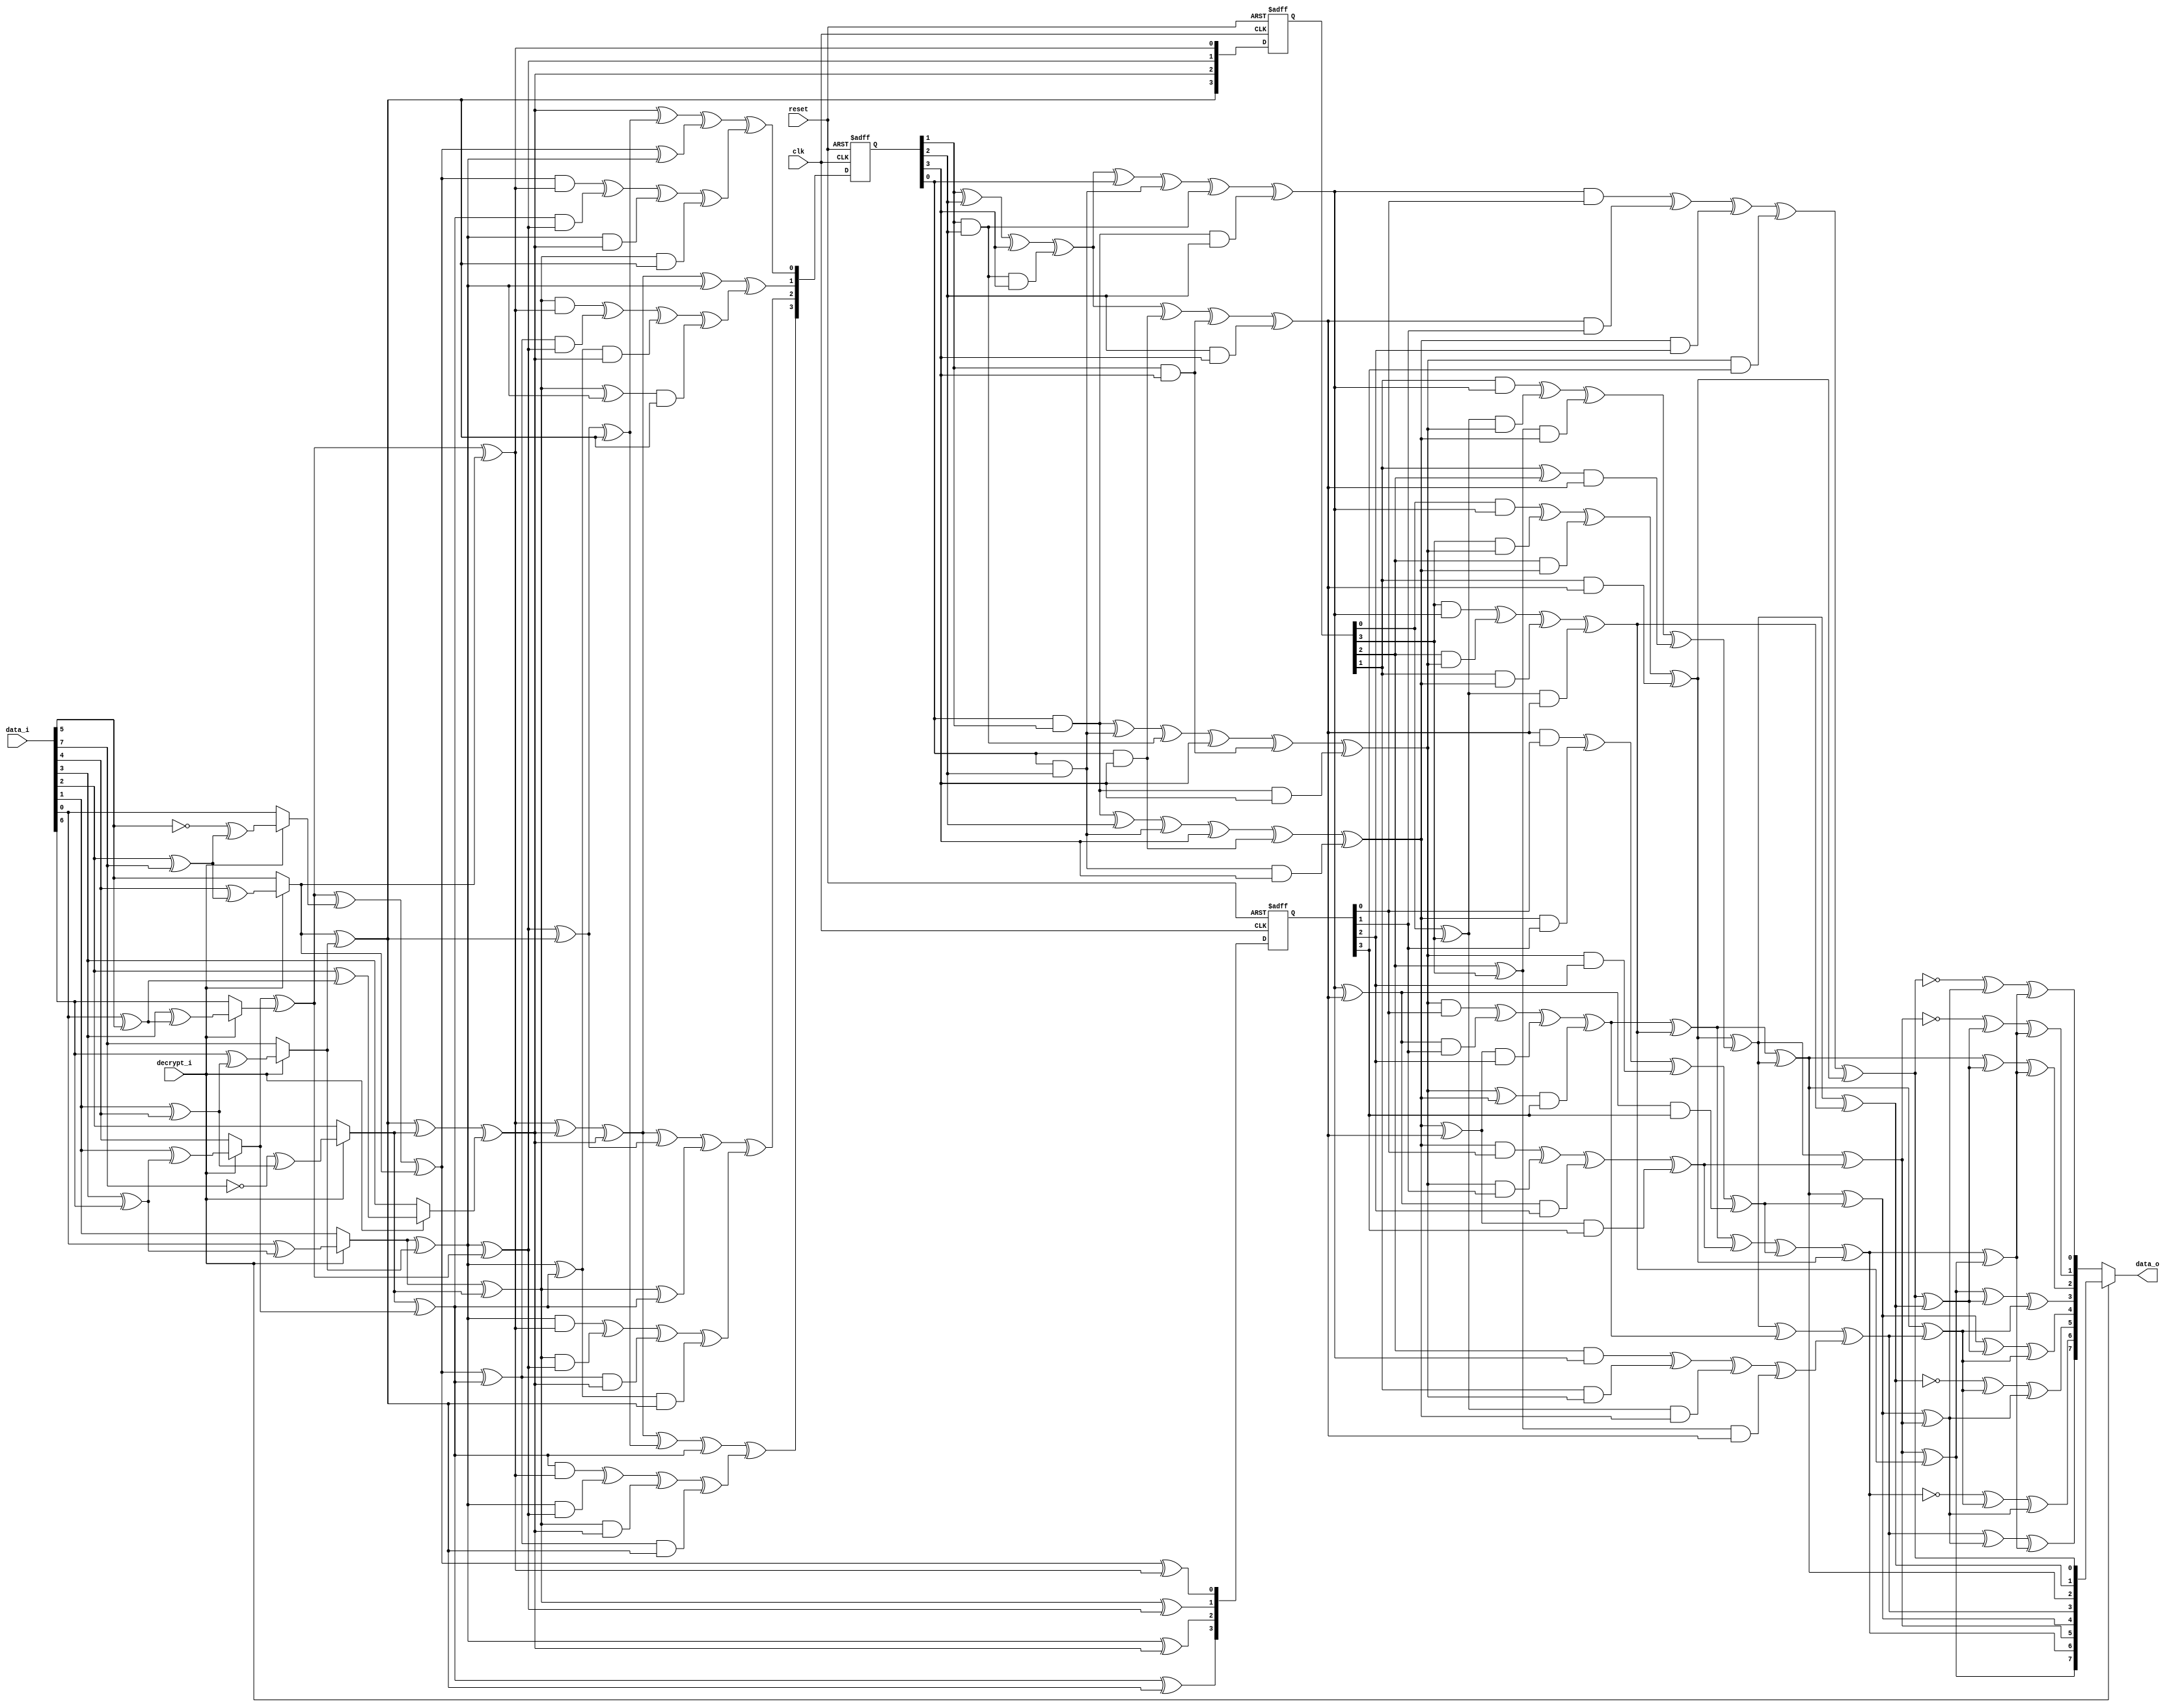
module sbox(clk,reset,data_i,decrypt_i,data_o);
input clk;
input reset;
input [7:0] data_i;
input decrypt_i;
output [7:0] data_o;

reg [7:0] data_o;

reg [7:0] inva;
reg [3:0] ah;
reg [3:0] al;
reg [3:0] ah2;
reg [3:0] al2;
reg [3:0] alxh;
reg [3:0] alph;
reg [3:0] d;
reg [3:0] ahp;
reg [3:0] alp;
reg [3:0] to_invert;
reg [3:0] next_to_invert;
reg [3:0] ah_reg;
reg [3:0] next_ah_reg;
reg [3:0] next_alph;


//registers:
always @(posedge clk or negedge reset)

begin

if(!reset)
begin

to_invert = (0);
	ah_reg = (0);
alph = (0);	

end
else
begin

	to_invert = (next_to_invert);
	ah_reg = (next_ah_reg);
alph = (next_alph);	

end
	

end
//first_mux:
reg[7:0] first_mux_data_var;
	reg[7:0] first_mux_InvInput;
	reg[3:0] first_mux_ah_t,first_mux_al_t;
	reg first_mux_aA,first_mux_aB,first_mux_aC,first_mux_aD;
	
always @(  data_i or   decrypt_i)

begin

	
	first_mux_data_var=data_i;
	first_mux_InvInput=first_mux_data_var;
	
	case(decrypt_i)
		1:
begin
		//Applyinverseaffinetrasformation
first_mux_aA=first_mux_data_var[0]^first_mux_data_var[5];first_mux_aB=first_mux_data_var[1]^first_mux_data_var[4];
		first_mux_aC=first_mux_data_var[2]^first_mux_data_var[7];first_mux_aD=first_mux_data_var[3]^first_mux_data_var[6];
		first_mux_InvInput[0]=(!first_mux_data_var[5])^first_mux_aC;
		first_mux_InvInput[1]=first_mux_data_var[0]^first_mux_aD;
		first_mux_InvInput[2]=(!first_mux_data_var[7])^first_mux_aB;
		first_mux_InvInput[3]=first_mux_data_var[2]^first_mux_aA;
		first_mux_InvInput[4]=first_mux_data_var[1]^first_mux_aD;
		first_mux_InvInput[5]=first_mux_data_var[4]^first_mux_aC;
		first_mux_InvInput[6]=first_mux_data_var[3]^first_mux_aA;
		first_mux_InvInput[7]=first_mux_data_var[6]^first_mux_aB;
		end
		default:
begin
first_mux_InvInput=first_mux_data_var;
		end
	endcase
	
	
	//ConvertelementsfromGF(2^8)intotwoelementsofGF(2^4^2)
	
	first_mux_aA=first_mux_InvInput[1]^first_mux_InvInput[7];
	first_mux_aB=first_mux_InvInput[5]^first_mux_InvInput[7];
	first_mux_aC=first_mux_InvInput[4]^first_mux_InvInput[6];
	
	
	first_mux_al_t[0]=first_mux_aC^first_mux_InvInput[0]^first_mux_InvInput[5];
	first_mux_al_t[1]=first_mux_InvInput[1]^first_mux_InvInput[2];
	first_mux_al_t[2]=first_mux_aA;
	first_mux_al_t[3]=first_mux_InvInput[2]^first_mux_InvInput[4];
	
	first_mux_ah_t[0]=first_mux_aC^first_mux_InvInput[5];
	first_mux_ah_t[1]=first_mux_aA^first_mux_aC;
	first_mux_ah_t[2]=first_mux_aB^first_mux_InvInput[2]^first_mux_InvInput[3];
	first_mux_ah_t[3]=first_mux_aB;
	
	al = (first_mux_al_t);
	ah = (first_mux_ah_t);
	next_ah_reg = (first_mux_ah_t);

end
//end_mux:
reg[7:0] end_mux_data_var,end_mux_data_o_var;
	reg end_mux_aA,end_mux_aB,end_mux_aC,end_mux_aD;

always @(  decrypt_i or   inva)

begin
	
	

	//Taketheoutputoftheinverter
	end_mux_data_var=inva;
	
	case(decrypt_i)
		0:
begin
		//Applyaffinetrasformation
end_mux_aA=end_mux_data_var[0]^end_mux_data_var[1];end_mux_aB=end_mux_data_var[2]^end_mux_data_var[3];
		end_mux_aC=end_mux_data_var[4]^end_mux_data_var[5];end_mux_aD=end_mux_data_var[6]^end_mux_data_var[7];
		end_mux_data_o_var[0]=(!end_mux_data_var[0])^end_mux_aC^end_mux_aD;
		end_mux_data_o_var[1]=(!end_mux_data_var[5])^end_mux_aA^end_mux_aD;
		end_mux_data_o_var[2]=end_mux_data_var[2]^end_mux_aA^end_mux_aD;
		end_mux_data_o_var[3]=end_mux_data_var[7]^end_mux_aA^end_mux_aB;
		end_mux_data_o_var[4]=end_mux_data_var[4]^end_mux_aA^end_mux_aB;
		end_mux_data_o_var[5]=(!end_mux_data_var[1])^end_mux_aB^end_mux_aC;
		end_mux_data_o_var[6]=(!end_mux_data_var[6])^end_mux_aB^end_mux_aC;
		end_mux_data_o_var[7]=end_mux_data_var[3]^end_mux_aC^end_mux_aD;
		data_o = (end_mux_data_o_var);
		end
		default:
begin
data_o = (end_mux_data_var);
		end
	endcase
	
	

end
//inversemap:
reg[3:0] aA,aB;
	reg[3:0] inversemap_alp_t,inversemap_ahp_t;
	reg[7:0] inversemap_inva_t;

always @(  alp or   ahp)
begin

	
	inversemap_alp_t=alp;
	inversemap_ahp_t=ahp;
	
	aA=inversemap_alp_t[1]^inversemap_ahp_t[3];
	aB=inversemap_ahp_t[0]^inversemap_ahp_t[1];
	
	inversemap_inva_t[0]=inversemap_alp_t[0]^inversemap_ahp_t[0];
	inversemap_inva_t[1]=aB^inversemap_ahp_t[3];
	inversemap_inva_t[2]=aA^aB;
	inversemap_inva_t[3]=aB^inversemap_alp_t[1]^inversemap_ahp_t[2];
	inversemap_inva_t[4]=aA^aB^inversemap_alp_t[3];
	inversemap_inva_t[5]=aB^inversemap_alp_t[2];
	inversemap_inva_t[6]=aA^inversemap_alp_t[2]^inversemap_alp_t[3]^inversemap_ahp_t[0];
	inversemap_inva_t[7]=aB^inversemap_alp_t[2]^inversemap_ahp_t[3];
	
	inva = (inversemap_inva_t);

end
//mul1:
reg[3:0] mul1_alxh_t;
	reg[3:0] mul1_aA,mul1_a;

always @(  ah or   al)

begin

	//alxah
	
	mul1_aA=al[0]^al[3];
	mul1_a=al[2]^al[3];
	
	mul1_alxh_t[0]=(al[0]&ah[0])^(al[3]&ah[1])^(al[2]&ah[2])^(al[1]&ah[3]);
	mul1_alxh_t[1]=(al[1]&ah[0])^(mul1_aA&ah[1])^(mul1_a&ah[2])^((al[1]^al[2])&ah[3]);
	mul1_alxh_t[2]=(al[2]&ah[0])^(al[1]&ah[1])^(mul1_aA&ah[2])^(mul1_a&ah[3]);
	mul1_alxh_t[3]=(al[3]&ah[0])^(al[2]&ah[1])^(al[1]&ah[2])^(mul1_aA&ah[3]);
	
	alxh = (mul1_alxh_t);

end
//mul2:
reg[3:0] mul2_ahp_t;
	reg[3:0] mul2_aA,mul2_aB;

always @(  d or   ah_reg)

begin

	//ahxd
	
	mul2_aA=ah_reg[0]^ah_reg[3];
	mul2_aB=ah_reg[2]^ah_reg[3];
	
	mul2_ahp_t[0]=(ah_reg[0]&d[0])^(ah_reg[3]&d[1])^(ah_reg[2]&d[2])^(ah_reg[1]&d[3]);
	mul2_ahp_t[1]=(ah_reg[1]&d[0])^(mul2_aA&d[1])^(mul2_aB&d[2])^((ah_reg[1]^ah_reg[2])&d[3]);
	mul2_ahp_t[2]=(ah_reg[2]&d[0])^(ah_reg[1]&d[1])^(mul2_aA&d[2])^(mul2_aB&d[3]);
	mul2_ahp_t[3]=(ah_reg[3]&d[0])^(ah_reg[2]&d[1])^(ah_reg[1]&d[2])^(mul2_aA&d[3]);
	
	ahp = (mul2_ahp_t);

end
//mul3:
reg[3:0] mul3_alp_t;
	reg[3:0] mul3_aA,mul3_aB;

always @(  d or   alph)

begin

	//dxal
	
	mul3_aA=d[0]^d[3];
	mul3_aB=d[2]^d[3];
	
	mul3_alp_t[0]=(d[0]&alph[0])^(d[3]&alph[1])^(d[2]&alph[2])^(d[1]&alph[3]);
	mul3_alp_t[1]=(d[1]&alph[0])^(mul3_aA&alph[1])^(mul3_aB&alph[2])^((d[1]^d[2])&alph[3]);
	mul3_alp_t[2]=(d[2]&alph[0])^(d[1]&alph[1])^(mul3_aA&alph[2])^(mul3_aB&alph[3]);
	mul3_alp_t[3]=(d[3]&alph[0])^(d[2]&alph[1])^(d[1]&alph[2])^(mul3_aA&alph[3]);
	
	alp = (mul3_alp_t);

end
//intermediate:
reg[3:0] intermediate_aA,intermediate_aB;
	reg[3:0] intermediate_ah2e,intermediate_ah2epl2,intermediate_to_invert_var;
	
always @(  ah2 or   al2 or   alxh)

begin

	
	//ahsquareismultipliedwithe
	intermediate_aA=ah2[0]^ah2[1];
	intermediate_aB=ah2[2]^ah2[3];
	intermediate_ah2e[0]=ah2[1]^intermediate_aB;
	intermediate_ah2e[1]=intermediate_aA;
	intermediate_ah2e[2]=intermediate_aA^ah2[2];
	intermediate_ah2e[3]=intermediate_aA^intermediate_aB;
	
	//Additionofintermediate_ah2eplusal2
	intermediate_ah2epl2[0]=intermediate_ah2e[0]^al2[0];
	intermediate_ah2epl2[1]=intermediate_ah2e[1]^al2[1];
	intermediate_ah2epl2[2]=intermediate_ah2e[2]^al2[2];
	intermediate_ah2epl2[3]=intermediate_ah2e[3]^al2[3];
	
	//Additionoflastresultwiththeresultof(alxah)
	intermediate_to_invert_var[0]=intermediate_ah2epl2[0]^alxh[0];
	intermediate_to_invert_var[1]=intermediate_ah2epl2[1]^alxh[1];
	intermediate_to_invert_var[2]=intermediate_ah2epl2[2]^alxh[2];
	intermediate_to_invert_var[3]=intermediate_ah2epl2[3]^alxh[3];

//Registers
	next_to_invert = (intermediate_to_invert_var);

end
//inversion:
reg[3:0] inversion_to_invert_var;
	reg[3:0] inversion_aA,inversion_d_t;
	
always @(  to_invert)

begin

	
	inversion_to_invert_var=to_invert;
	
	//InverttheresultinGF(2^4)
	inversion_aA=inversion_to_invert_var[1]^inversion_to_invert_var[2]^inversion_to_invert_var[3]^(inversion_to_invert_var[1]&inversion_to_invert_var[2]&inversion_to_invert_var[3]);
	inversion_d_t[0]=inversion_aA^inversion_to_invert_var[0]^(inversion_to_invert_var[0]&inversion_to_invert_var[2])^(inversion_to_invert_var[1]&inversion_to_invert_var[2])^(inversion_to_invert_var[0]&inversion_to_invert_var[1]&inversion_to_invert_var[2]);
	inversion_d_t[1]=(inversion_to_invert_var[0]&inversion_to_invert_var[1])^(inversion_to_invert_var[0]&inversion_to_invert_var[2])^(inversion_to_invert_var[1]&inversion_to_invert_var[2])^inversion_to_invert_var[3]^(inversion_to_invert_var[1]&inversion_to_invert_var[3])^(inversion_to_invert_var[0]&inversion_to_invert_var[1]&inversion_to_invert_var[3]);
	inversion_d_t[2]=(inversion_to_invert_var[0]&inversion_to_invert_var[1])^inversion_to_invert_var[2]^(inversion_to_invert_var[0]&inversion_to_invert_var[2])^inversion_to_invert_var[3]^(inversion_to_invert_var[0]&inversion_to_invert_var[3])^(inversion_to_invert_var[0]&inversion_to_invert_var[2]&inversion_to_invert_var[3]);
	inversion_d_t[3]=inversion_aA^(inversion_to_invert_var[0]&inversion_to_invert_var[3])^(inversion_to_invert_var[1]&inversion_to_invert_var[3])^(inversion_to_invert_var[2]&inversion_to_invert_var[3]);
	
	d = (inversion_d_t);
	

end
//sum1:
reg[3:0] sum1_alph_t;
	
always @(  ah or   al)

begin

	
	sum1_alph_t[0]=al[0]^ah[0];
	sum1_alph_t[1]=al[1]^ah[1];
	sum1_alph_t[2]=al[2]^ah[2];
	sum1_alph_t[3]=al[3]^ah[3];
	
	next_alph = (sum1_alph_t);

end
//square1:
reg[3:0] square1_ah_t;
	
always @(  ah)

begin

	
	square1_ah_t[0]=ah[0]^ah[2];
	square1_ah_t[1]=ah[2];
	square1_ah_t[2]=ah[1]^ah[3];
	square1_ah_t[3]=ah[3];
	
	ah2 = (square1_ah_t);

end
//square2:
reg[3:0] square2_al_t;
	
always @(  al)

begin

	
	square2_al_t[0]=al[0]^al[2];
	square2_al_t[1]=al[2];
	square2_al_t[2]=al[1]^al[3];
	square2_al_t[3]=al[3];
	
	al2 = (square2_al_t);

end

endmodule